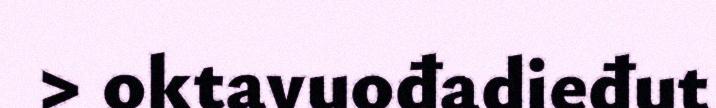
> oktavuođadieđut